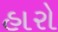
હારો